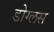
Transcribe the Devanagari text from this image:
डोग्लस